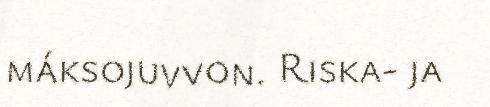
máksojuvvon. Riska- ja